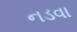
નડવા